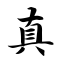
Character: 真